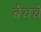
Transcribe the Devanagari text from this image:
बेंचचे